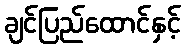
ချင်ပြည်ထောင်နှင့်